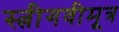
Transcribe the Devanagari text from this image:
स्त्रीगवीमूत्र